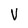
Character: V